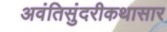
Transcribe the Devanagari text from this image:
अवंतिसुंदरीकथासार